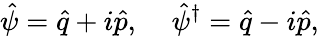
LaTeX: \hat{\psi}=\hat{q}+i\hat{p},\; \; \; \; \hat{\psi}^{\dagger}=\hat{q}-i\hat{p},